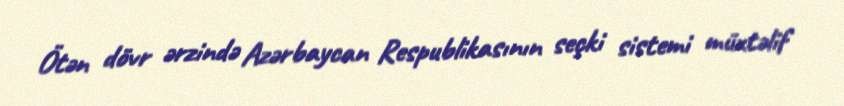
Ötən dövr ərzində Azərbaycan Respublikasının seçki sistemi müxtəlif